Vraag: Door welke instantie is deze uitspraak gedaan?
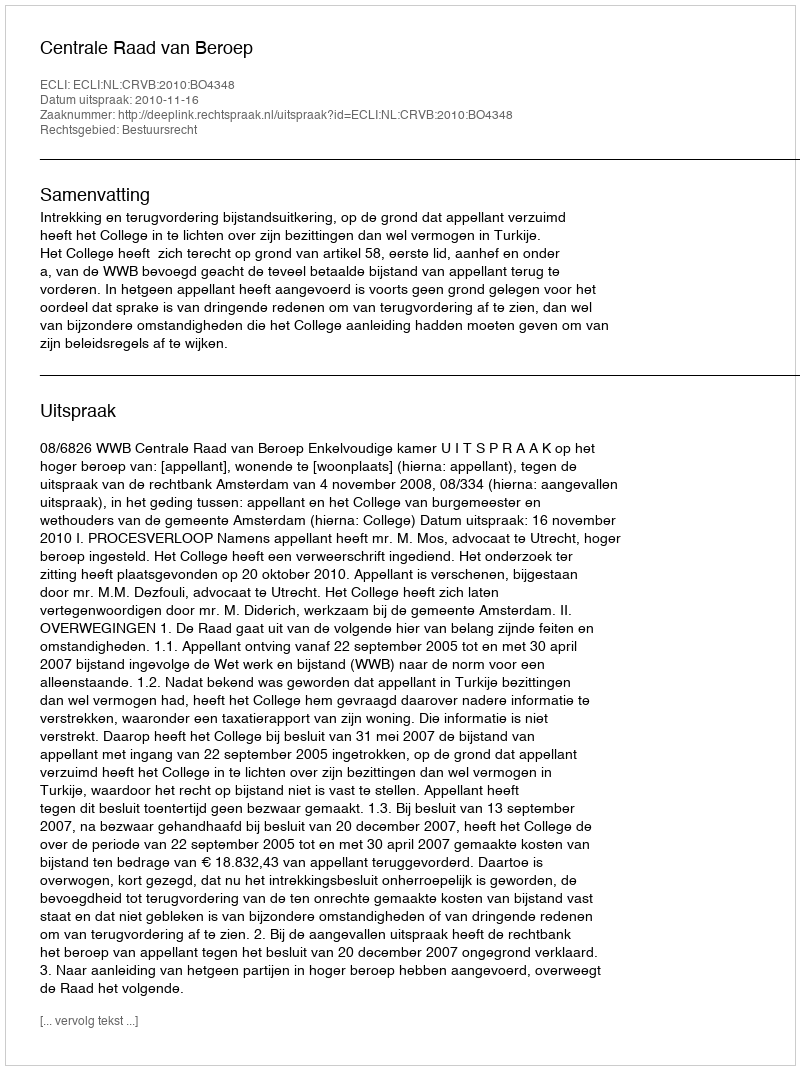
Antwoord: Centrale Raad van Beroep